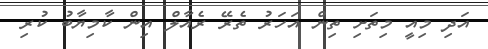
އަދި މިއީ މިތަށި ތިން އަހަރު ތެރޭ ރެއާލް އިން ކާމިޔާބު ކުރި